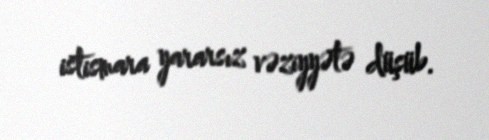
istismara yararsız vəziyyətə düşüb.